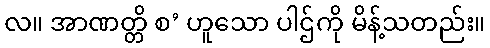
လ။ အာဏတ္တိ စ’ ဟူသော ပါဌ်ကို မိန့်သတည်း။